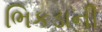
ભિકડાની